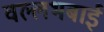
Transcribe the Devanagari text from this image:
वल्लभबाई